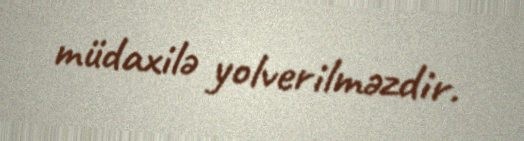
müdaxilə yolverilməzdir.